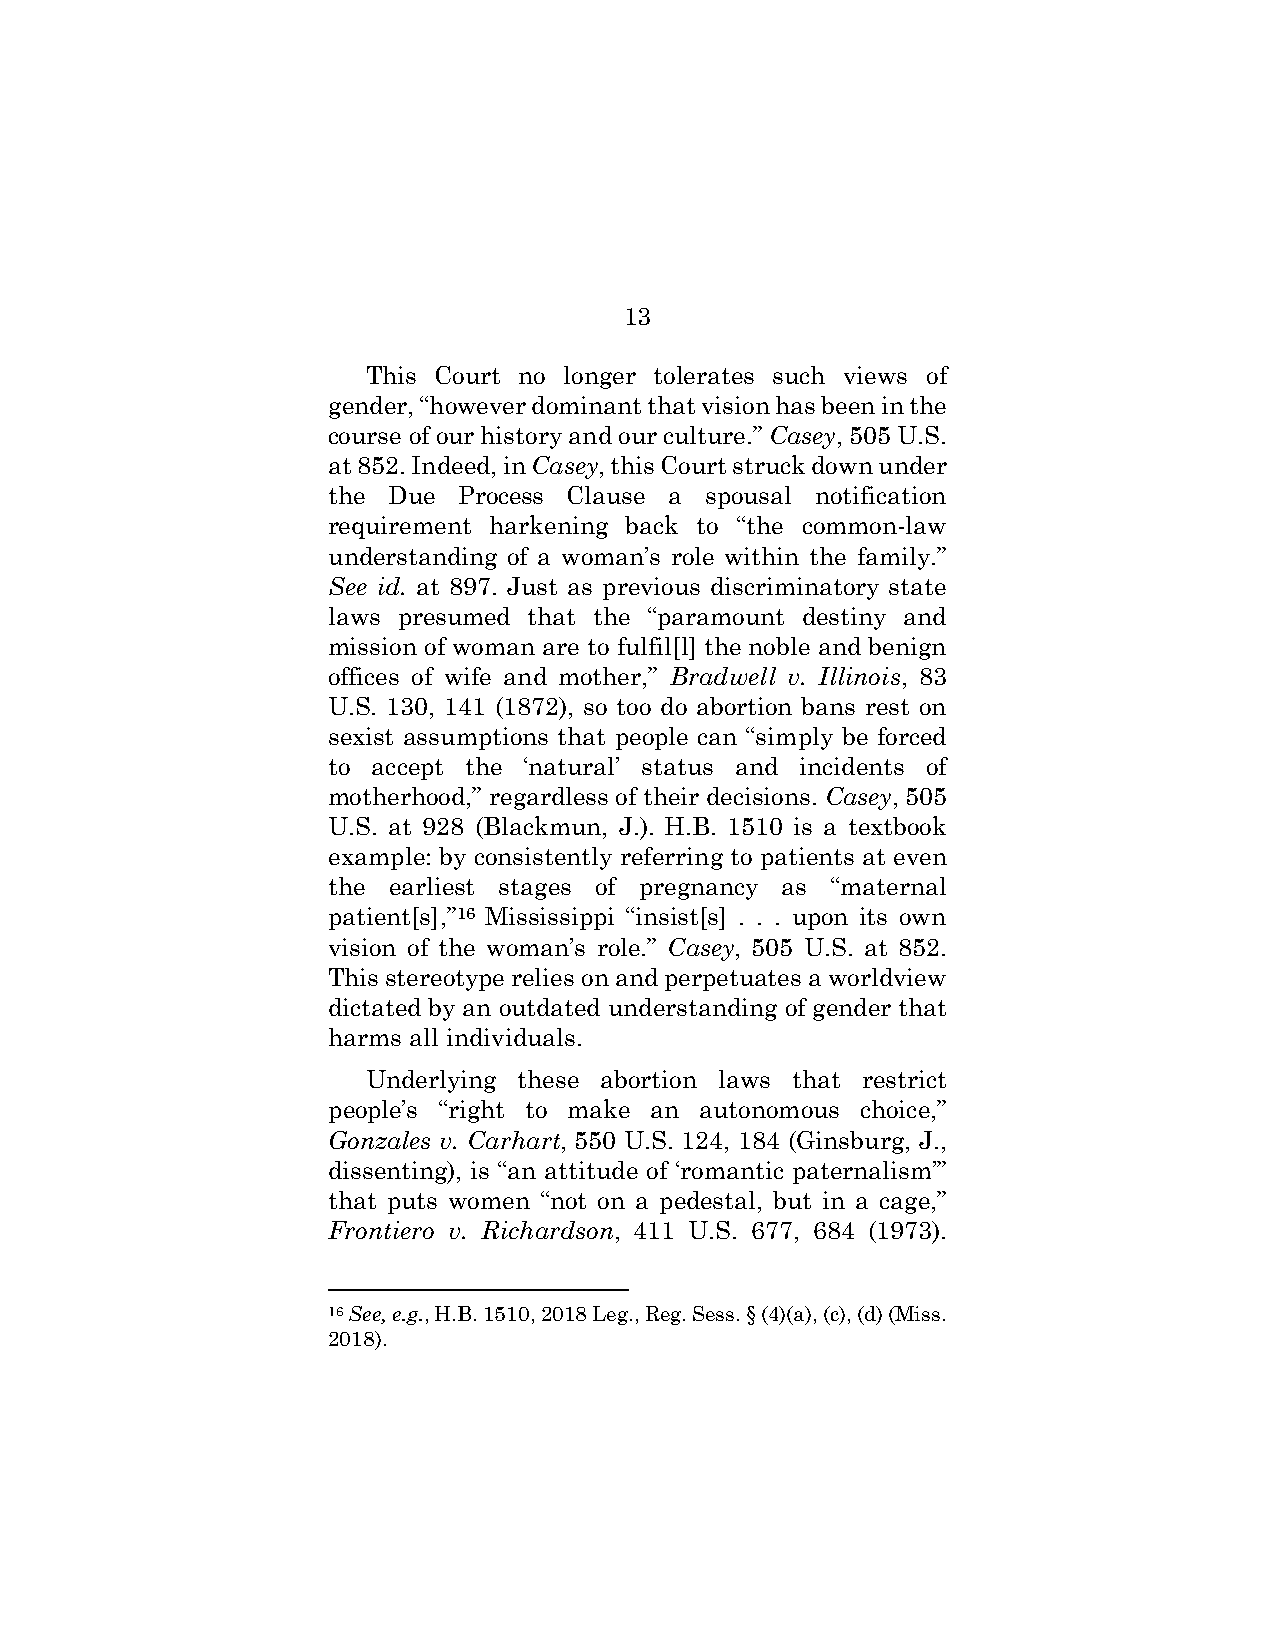
13
 This Court no longer tolerates such views of
 gender, “however dominant that vision has been in the
 course of our history and our culture.” Casey, 505 U.S.
 at 852. Indeed, in Casey, this Court struck down under
 the Due Process Clause a spousal notification
 requirement harkening back to “the common-law
 understanding of a woman’s role within the family.”
 See id. at 897. Just as previous discriminatory state
 laws presumed that the “paramount destiny and
 mission of woman are to fulfil[l] the noble and benign
 offices of wife and mother,” Bradwell v. Illinois, 83
 U.S. 130, 141 (1872), so too do abortion bans rest on
 sexist assumptions that people can “simply be forced
 to accept the ‘natural’ status and incidents of
 motherhood,” regardless of their decisions. Casey, 505
 U.S. at 928 (Blackmun, J.). H.B. 1510 is a textbook
 example: by consistently referring to patients at even
 the earliest stages of pregnancy as “maternal
 patient[s],”16 Mississippi “insist[s] . . . upon its own
 vision of the woman’s role.” Casey, 505 U.S. at 852.
 This stereotype relies on and perpetuates a worldview
 dictated by an outdated understanding of gender that
 harms all individuals.
 Underlying these abortion laws that restrict
 people’s “right to make an autonomous choice,”
 Gonzales v. Carhart, 550 U.S. 124, 184 (Ginsburg, J.,
 dissenting), is “an attitude of ‘romantic paternalism’”
 that puts women “not on a pedestal, but in a cage,”
 Frontiero v. Richardson, 411 U.S. 677, 684 (1973).
 16 See, e.g., H.B. 1510, 2018 Leg., Reg. Sess. § (4)(a), (c), (d) (Miss.
 2018).